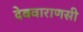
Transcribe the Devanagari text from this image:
देववाराणसी